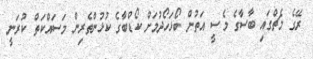
ރޭގެ މެޗްގައި ބާސާގެ މެސީ އަތުން ބޯޅަހޯދުމަށް ކޯޑްބާގެ ކުޅުންތެރިން މަސައްކަތް ކުރަނީ